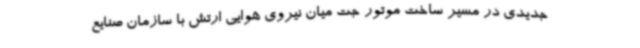
جدیدی در مسیر ساخت موتور جت میان نیروی هوایی ارتش با سازمان صنایع